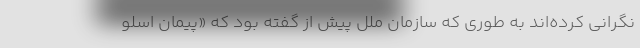
نگرانی کرده‌اند به طوری که سازمان ملل پیش از گفته بود که «پیمان اسلو